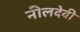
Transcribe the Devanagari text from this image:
नीलदेवी